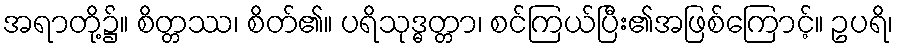
အရာတို့၌။ စိတ္တဿ၊ စိတ်၏။ ပရိသုဒ္ဓတ္တာ၊ စင်ကြယ်ပြီး၏အဖြစ်ကြောင့်။ ဥပရိ၊